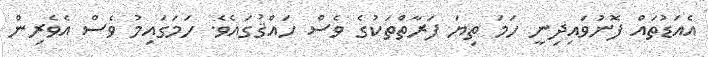
އެއަޑުތައް ފޮނުވައިދިނީ ހަމަ ތިޔަ ފަރާތްތަކުގެ ވެސް ހައްޤުގައެވެ. ހަމަގައިމު ވެސް އެވެރިން